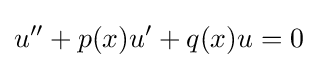
u''+p(x)u'+q(x)u=0